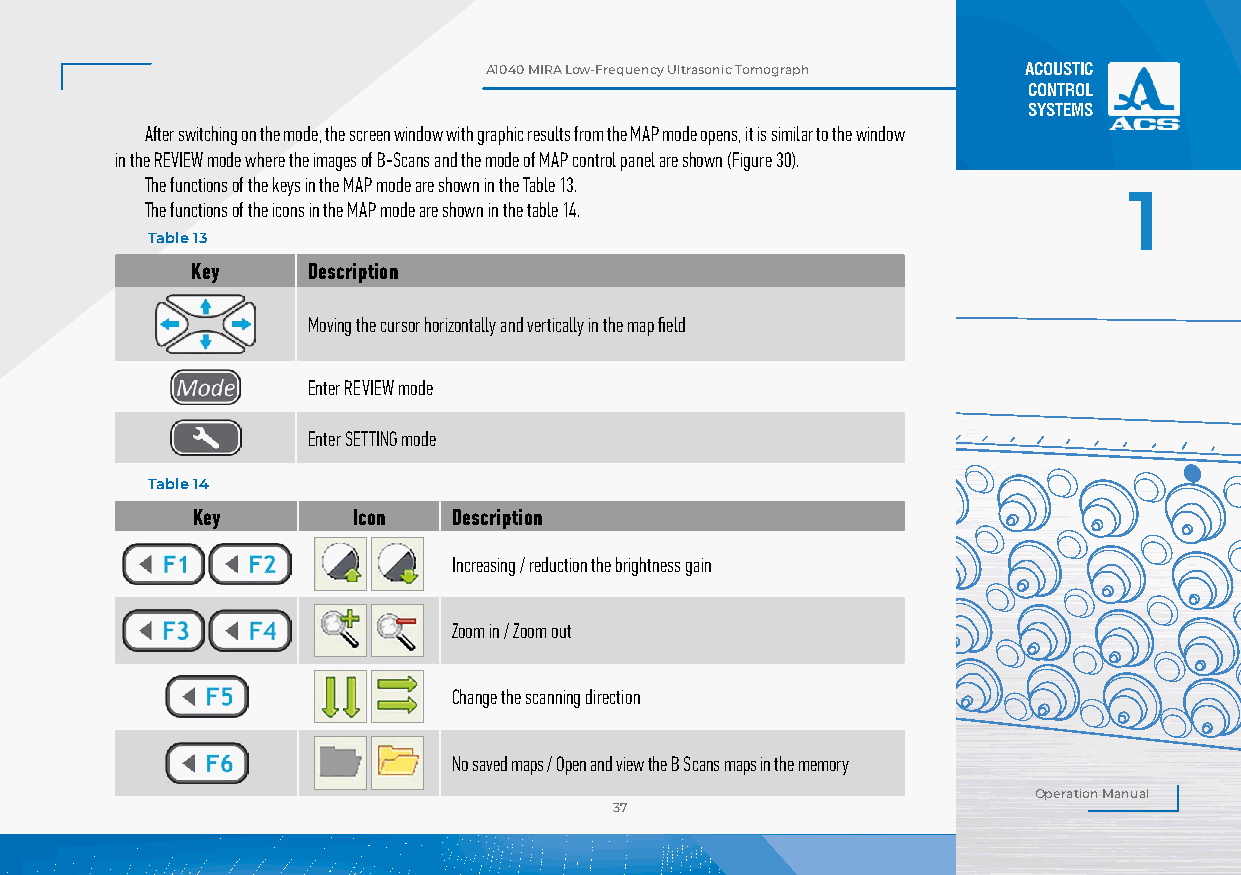
А1040 MIRA Low-Frequency Ultrasonic Tomograph ACOUSTIC
 CONTROL
 SYSTEMS
 After switching on the mode, the screen window with graphic results from the MAP mode opens, it is similar to the window
 in the REVIEW mode where the images of B-Scans and the mode of MAP control panel are shown (Figure 30).
 The functions of the keys in the MAP mode are shown in the Table 13.
 1
 The functions of the icons in the MAP mode are shown in the table 14.
 Table 13
 Key    Description
 Moving the cursor horizontally and vertically in the map field
 Enter REVIEW mode
 Enter SETTING mode
 Table 14
 Key       Icon   Description
 Increasing / reduction the brightness gain
 Zoom in / Zoom out
 Stripe of icons
 Change the scanning direction
 Vertical scale Z
 No saved maps / Open and view the B Scans maps in the memory
 Figure 30
 Operation Manual
 37